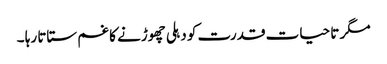
مگر تا حیات قدرت کو دہلی چھوڑنے کا غم ستاتا رہا ۔